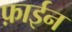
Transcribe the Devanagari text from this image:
फ़ाईन